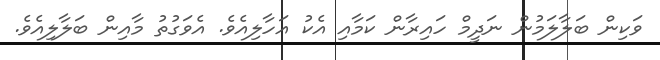
ވަކިން ބަލާލަމުން ނަދީމް ހައިރާން ކަމާއި އެކު އަހާލިއެވެ. އެވަގުތު މާއިން ބަލާލިއެވެ.